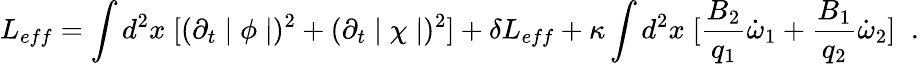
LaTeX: L_{eff}=\int d^{2}x\; [(\partial_{t}\mid\phi\mid)^{2}+(\partial_{t}\mid\chi\mid)^{2}]+\delta L_{eff}+\kappa\int d^{2}x\; [\frac{B_{2}}{q_{1}}\dot{\omega}_{1}+\frac{B_{1}}{q_{2}}\dot{\omega}_{2}]\; \; .